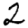
Digit: 2